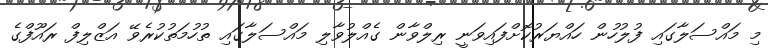
މި މައްސަލާގައި ފުލުހުން ހައްޔަރުކޮށްފައިވަނީ ރިލްވާން ގެއްލުވާލި މައްސަލާގައި ތުހުމަތުކުރެވޭ އަޒްލިފް ރައޫފްގެ